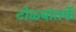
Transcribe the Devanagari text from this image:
टोळ्यांतर्फे